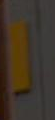
-